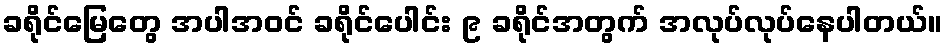
ခရိုင်မြေတွေ အပါအဝင် ခရိုင်ပေါင်း ၉ ခရိုင်အတွက် အလုပ်လုပ်နေပါတယ်။